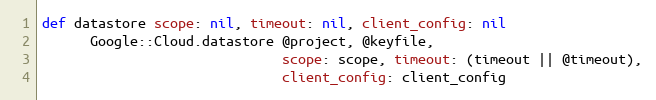
Language: Ruby
def datastore scope: nil, timeout: nil, client_config: nil
      Google::Cloud.datastore @project, @keyfile,
                              scope: scope, timeout: (timeout || @timeout),
                              client_config: client_config